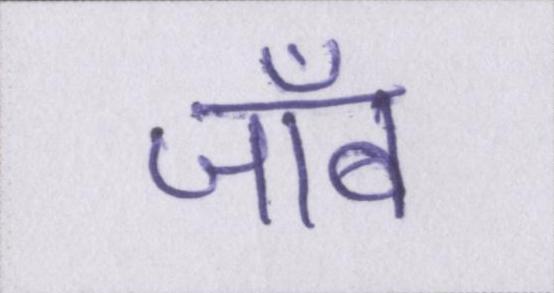
जॉब